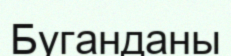
Буганданы